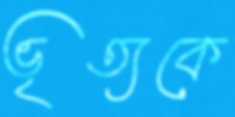
ভৃত্যকে